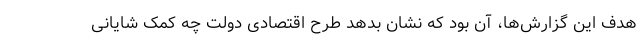
هدف این گزارش‌ها، آن بود که نشان بدهد طرح اقتصادی دولت چه کمک شایانی